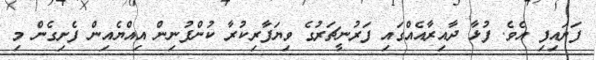
ފަށައިފި އެވެ. ފުޅާ ދާއިރާއެއްގައި ފަރުނީޗަރުގެ ވިޔަފާރިކުރާ ކުންފުނިން އިއްޔެއިން ފެށިގެން މި